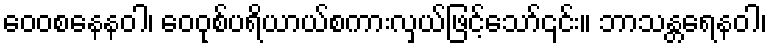
ဝေဝစနေနဝါ၊ ဝေဝုစ်ပရိယာယ်စကားလှယ်ဖြင့်သော်၎င်း။ ဘာသန္တရေနဝါ၊